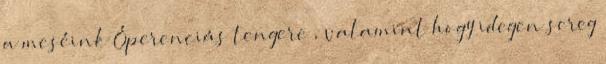
a meséink Óperenciás tengere , valamint hogy idegen sereg